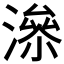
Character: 𰝂